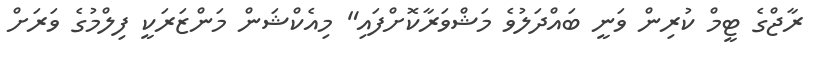
ރާޖްގެ ޓީމް ކުރިން ވަނީ ބައްދަލުވެ މަޝްވަރާކޮށްފައި" މިއެކްޝަން މަންޒަރަކީ ފިލްމުގެ ވަރަށް